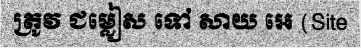
ត្រូវ ជម្លៀស ទៅ សាយ អេ (Site